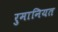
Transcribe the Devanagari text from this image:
रुमानियत